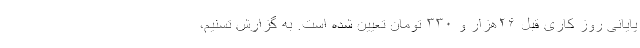
پایانی روز کاری قبل ۲۶هزار و ۳۳۰ تومان تعیین شده است. به گزارش تسنیم،